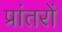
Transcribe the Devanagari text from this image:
प्रांतरों